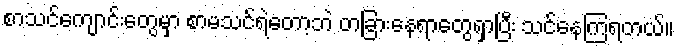
စာသင်ကျောင်းတွေမှာ စာမသင်ရဲတော့ဘဲ တခြားနေရာတွေရှာပြီး သင်နေကြရတယ်။